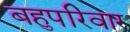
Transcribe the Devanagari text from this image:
बहुपरिवार